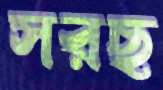
সরছ